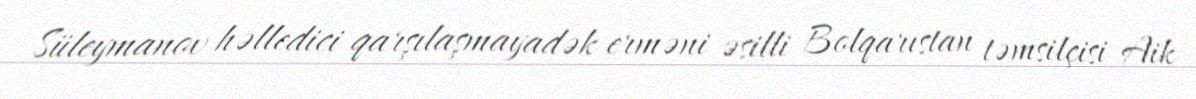
Süleymanov həlledici qarşılaşmayadək erməni əsilli Bolqarıstan təmsilçisi Aik